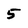
Character: 5